Civil Veterinary Department. Madras. Admin. report 1910-25 - 1910-1925
Year: 1910
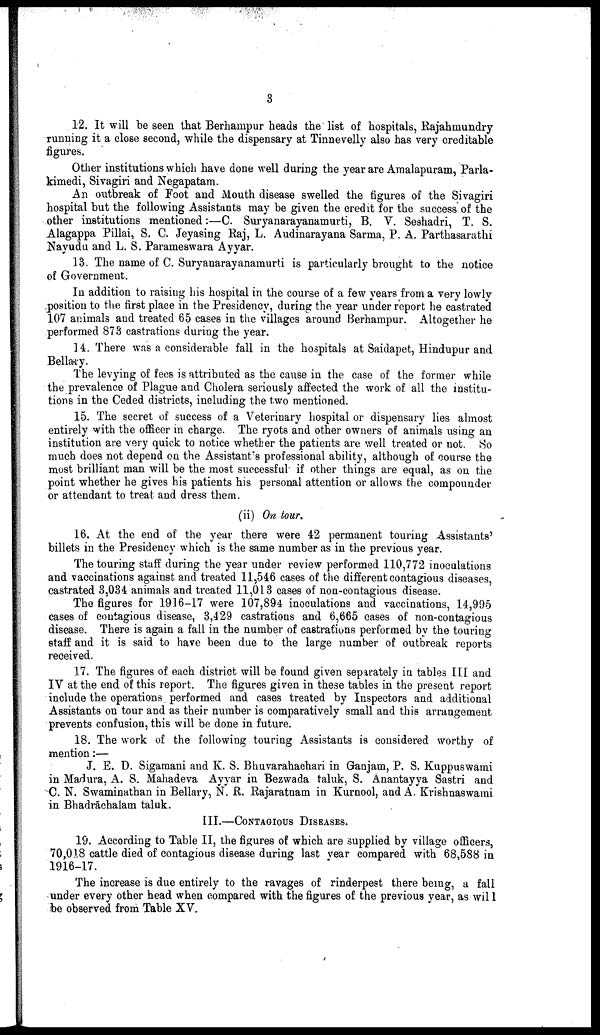
3
12. It will be seen that Berhampur heads the list of hospitals, Rajahmundry
running it a close second, while the dispensary at Tinnevelly also has very creditable
figures.
Other institutions which have done well during the year are Amalapuram, Parla-
kimedi, Sivagiri and Negapatam.
An outbreak of Foot and Mouth disease swelled the figures of the Sivagiri
hospital but the following Assistants may be given the credit for the success of the
other institutions mentioned:—C. Suryanarayanamurti, B. V. Seshadri, T. S.
Alagappa Pillai, S. C. Jeyasing Raj, L. Audinarayana Sarma, P. A. Parthasarathi
Nayudu and L. S. Parameswara Ayyar.
13. The name of C. Suryanarayanamurti is particularly brought to the notice
of Government.
In addition to raising his hospital in the course of a few years from a very lowly
position to the first place in the Presidency, during the year under report he castrated
107 animals and treated 65 cases in the villages around Berhampur. Altogether he
performed 873 castrations during the year.
14. There was a considerable fall in the hospitals at Saidapet, Hindupur and
Bellary.
The levying of fees is attributed as the cause in the case of the former while
the prevalence of Plague and Cholera seriously affected the work of all the institu-
tions in the Ceded districts, including the two mentioned.
15. The secret of success of a Veterinary hospital or dispensary lies almost
entirely with the officer in charge. The ryots and other owners of animals using an
institution are very quick to notice whether the patients are well treated or not. So
much does not depend on the Assistant's professional ability, although of course the
most brilliant man will be the most successful if other things are equal, as on the
point whether he gives his patients his personal attention or allows the compounder
or attendant to treat and dress them.
(ii) On tour.
16. At the end of the year there were 42 permanent touring Assistants'
billets in the Presidency which is the same number as in the previous year.
The touring staff during the year under review performed 110,772 inoculations
and vaccinations against and treated 11,546 cases of the different contagious diseases,
castrated 3,034 animals and treated 11,013 cases of non-contagious disease.
The figures for 1916-17 were 107,894 inoculations and vaccinations, 14,995
cases of contagious disease, 3,429 castrations and 6,665 cases of non-contagious
disease. There is again a fall in the number of castrations performed by the touring
staff and it is said to have been due to the large number of outbreak reports
received.
17. The figures of each district will be found given separately in tables III and
IV at the end of this report. The figures given in these tables in the present report
include the operations performed and cases treated by Inspectors and additional
Assistants on tour and as their number is comparatively small and this arrangement
prevents confusion, this will be done in future.
18. The work of the following touring Assistants is considered worthy of
mention:—
J. E. D. Sigamani and K. S. Bhuvarahachari in Ganjam, P. S. Kuppuswami
in Madura, A. S. Mahadeva Ayyar in Bezwada taluk, S. Anantayya Sastri and
C. N. Swaminathan in Bellary, N. R. Rajaratnam in Kurnool, and A. Krishnaswami
in Bhadrachalam taluk.
III.—CONTAGIOUS DISEASES.
19. According to Table II, the figures of which are supplied by village officers,
70,018 cattle died of contagious disease during last year compared with 68,588 in
1916-17.
The increase is due entirely to the ravages of rinderpest there being, a fall
under every other head when compared with the figures of the previous year, as will
be observed from Table XV.